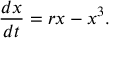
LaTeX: { \frac { d x } { d t } } = r x - x ^ { 3 } .